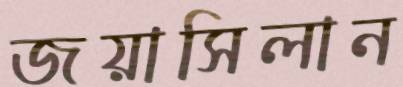
জয়াসিলান